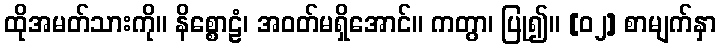
ထိုအမတ်သားကို။ နိစ္စောဠံ၊ အဝတ်မရှိအောင်။ ကတွာ၊ ပြု၍။ [၀၂] စာမျက်နှာ